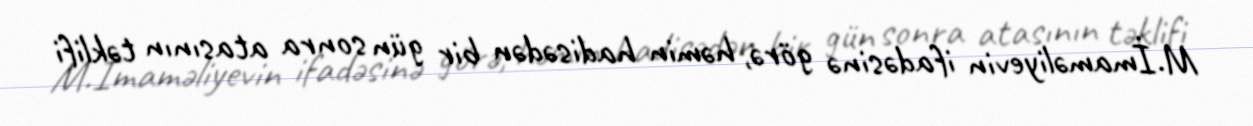
M.İmaməliyevin ifadəsinə görə, həmin hadisədən bir gün sonra atasının təklifi